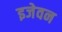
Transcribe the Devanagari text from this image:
इजेवन